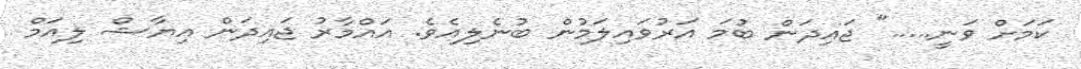
ކަމަށް ވަނީ....." ޖައިދަން ބުމަ އަރުވައިލަމުން ބުނެލިއެވެ. އައްމާރު ޖައިދަން އިޔާޝް ލިއަމް